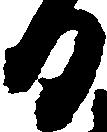
日